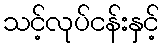
သင့်လုပ်ငန်းနှင့်